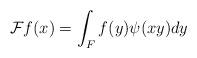
LaTeX: \begin{align*} {\cal F} f ( x ) = \int_F f ( y ) \psi ( x y ) d y \end{align*}